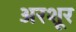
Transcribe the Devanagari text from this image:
अरशूर